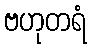
ဗဟုတရံ